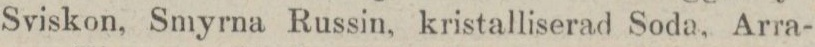
Sviskon, Smyrna Russin, kristalliserad Soda, Arra-